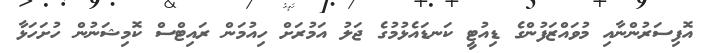
އޮފިސަރުންނާއި މުވައްޒަފުންގެ ޑިއުޓީ ކަނޑައެޅުމުގެ ޖަލު އަމުރަށް ހިއުމަން ރައިޓްސް ކޮމިޝަނުން ހުށަހަޅާ